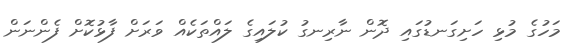
މަހުގެ މުޅި ހަށިގަނޑުގައި ދޮން ނާރިނގު ކުލައިގެ ލައްތަކެއް ވަރަށް ފާޅުކޮށް ފެންނަން